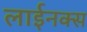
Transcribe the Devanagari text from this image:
लाईनक्स